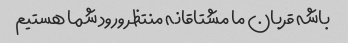
باشه قربان ما مشتاقانه منتظر ورود شما هستیم